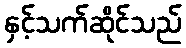
နှင့်သက်ဆိုင်သည်